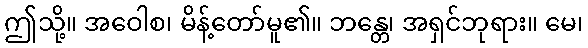
ဤသို့။ အဝေါစ၊ မိန့်တော်မူ၏။ ဘန္တေ၊ အရှင်ဘုရား။ မေ၊